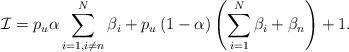
LaTeX: \begin{align*} {\cal I} = {{p_u}\alpha \sum\limits_{i = 1,i \ne n}^N {{\beta _i}} + {p_u}\left( {1 - \alpha } \right){\left( {\sum\limits_{i = 1}^N {{\beta _i}} + {\beta _n}} \right)} + 1}.\end{align*}